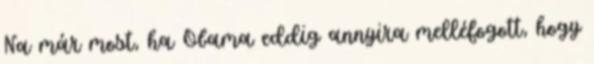
Na már most, ha Obama eddig annyira melléfogott, hogy